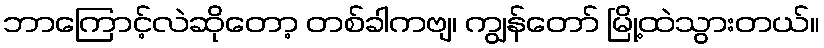
ဘာကြောင့်လဲဆိုတော့ တစ်ခါကဗျ၊ ကျွန်တော် မြို့ထဲသွားတယ်။